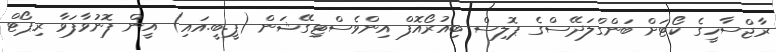
ރާޖްސާހީގެ ކޯޓަށް ބަންގްލަދޭސްގެ ޕޮލިސް ބިއުރޯއޮފް އިންވެސްޓިގޭޝަން (ޕީ.ބީ.އައި) އީން ފޮނުވާފަވާ ރިޕޯޓް